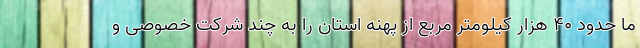
ما حدود ۴۰ هزار کیلومتر مربع از پهنه استان را به چند شرکت خصوصی و